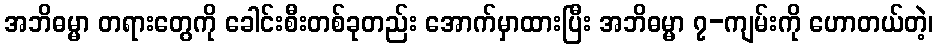
အဘိဓမ္မာ တရားတွေကို ခေါင်းစီးတစ်ခုတည်း အောက်မှာထားပြီး အဘိဓမ္မာ ၇-ကျမ်းကို ဟောတယ်တဲ့၊